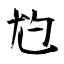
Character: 尥